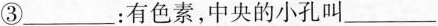
③___：有色素，中央的小孔叫___